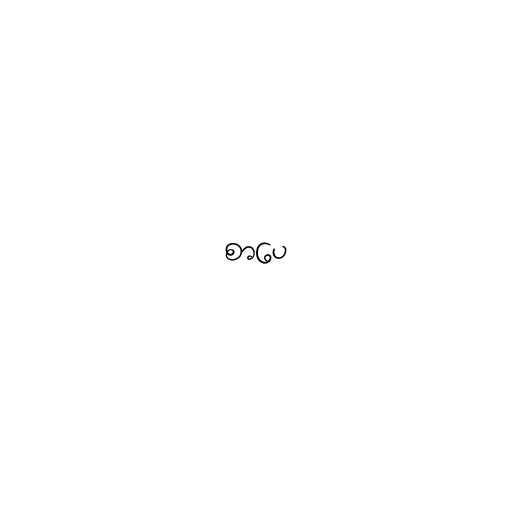
စာပေ